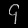
Digit: ၄